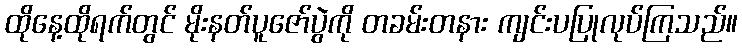
ထိုနေ့ထိုရက်တွင် မိုးနတ်ပူဇော်ပွဲကို တခမ်းတနား ကျင်းပပြုလုပ်ကြသည်။